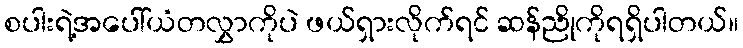
စပါးရဲ့အပေါ်ယံတလွှာကိုပဲ ဖယ်ရှားလိုက်ရင် ဆန်ညိုကိုရရှိပါတယ်။